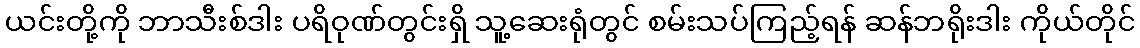
ယင်းတို့ကို ဘာသီးစ်ဒါး ပရိဝုဏ်တွင်းရှိ သူ့ဆေးရုံတွင် စမ်းသပ်ကြည့်ရန် ဆန်ဘရိုးဒါး ကိုယ်တိုင်